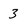
Character: 3